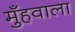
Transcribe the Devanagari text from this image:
मुँहवाला